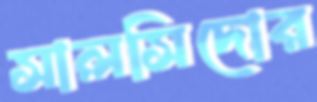
সালসিদোর